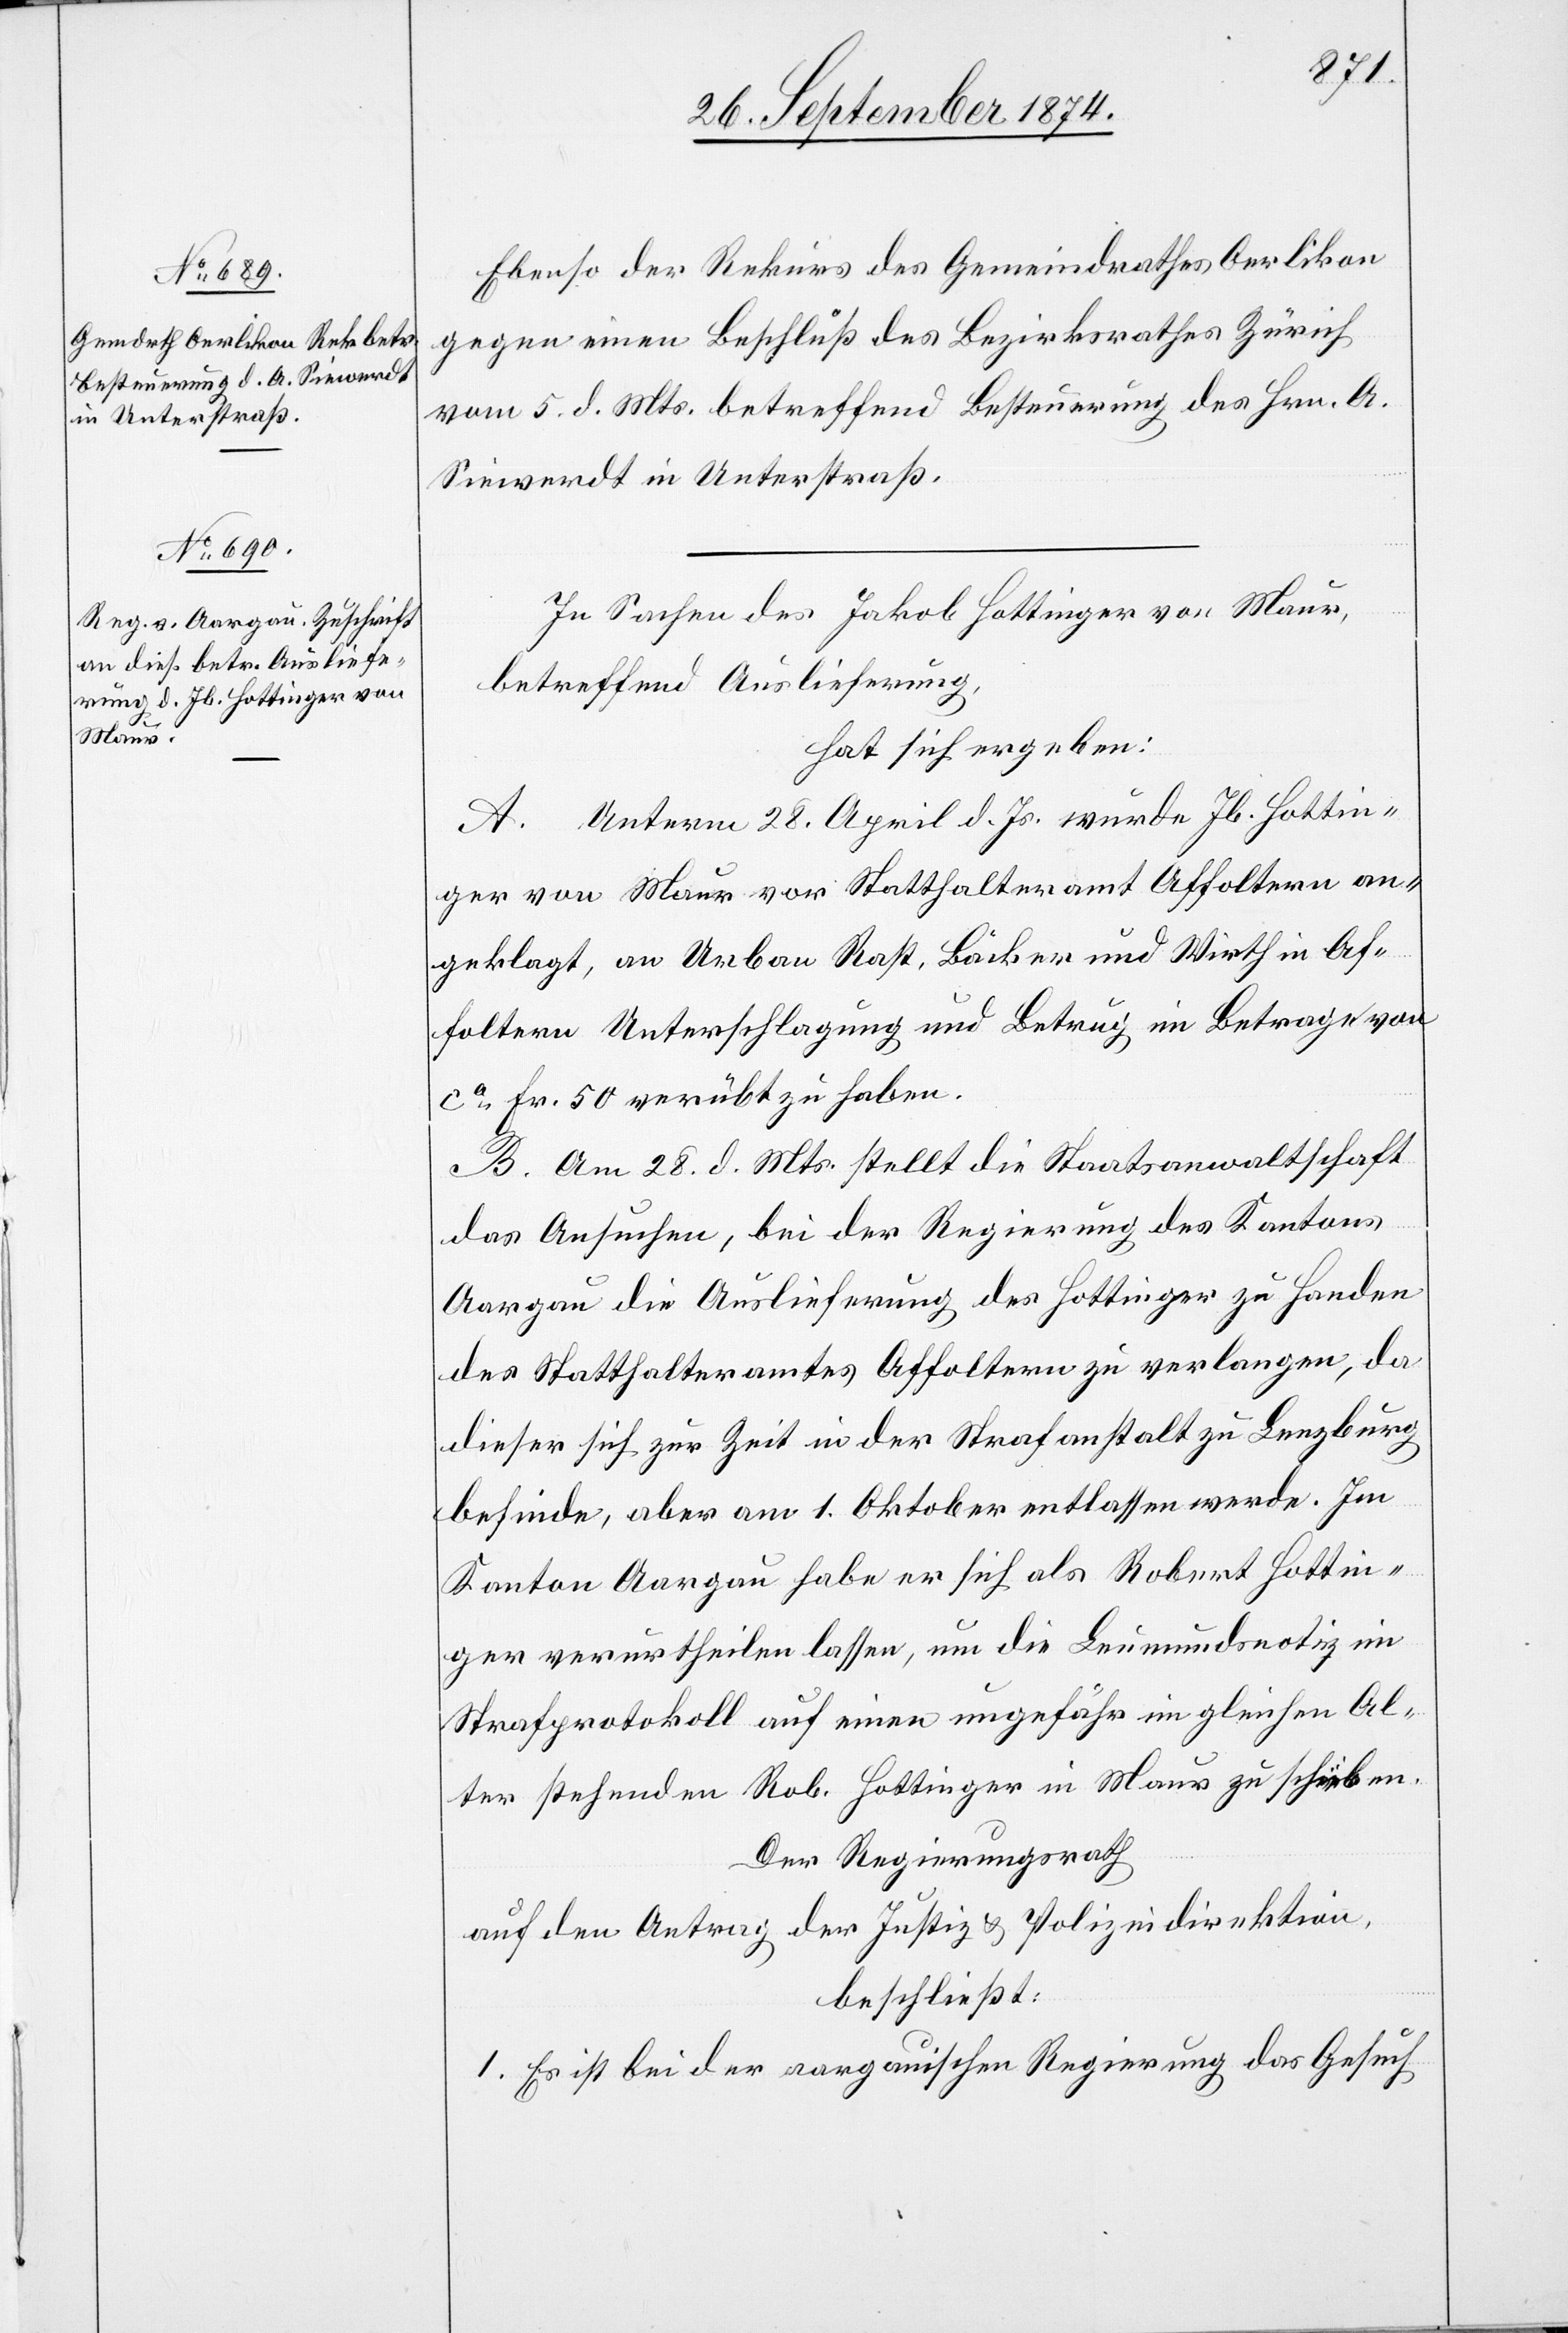
29. September 1874.]
Ebenso der Rekurs des Gemeindrathes Oerlikon
gegen einen Beschluß des Bezirksrathes Zürich
vom 5. d. Mts. betreffend Besteuerung des Hrn. A.
Sieverdt in Unterstraß.
In Sachen des Jakob Hottingen von Maur,
betreffend Auslieferung,
hat sich ergeben:
A. Unterm 28. April d. Js. wurde Jb. Hottin¬
ger von Maur vor Statthalteramt Affoltern an¬
geklagt, an Urban Rast, Bäcker und Wirth in Af¬
foltern Unterschlagung und Betrug im Betrage von
ca Fr. 50 verübt zu haben.
B. Am 28. d. Mts. stellt die Staatsanwaltschaft
das Ansuchen, bei der Regierung des Kantons
Aargau die Auslieferung des Hottinger zu Handen
des Statthalteramtes Affoltern zu verlangen, da
diese sich zur Zeit in der Strafanstalt zu Lenzburg
befinde, aber am 1. Oktober entlassen werde. Im
Kanton Aargau habe er sich als Robert Hottin¬
ger verurtheilen lassen, um die Leumundsnotiz im
Strafprotokoll auf einen ungefähr im gleichen Al¬
ter stehenden Rob. Hottinger in Maur zu schieben.
Der Regierungsrath
auf den Antrag der Justiz & Polizeidirektion,
beschließt:
1. Es ist bei der aargauischen Regierung das Gesuch